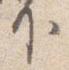
下